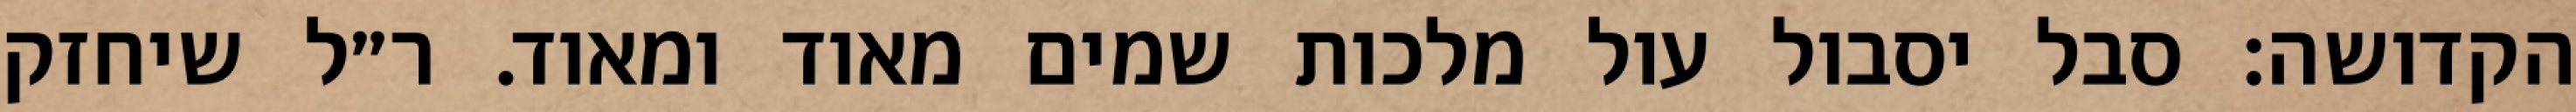
הקדושה: סבל יסבול עול מלכות שמים מאוד ומאוד. ר״ל שיחזק